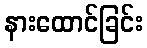
နားထောင်ခြင်း